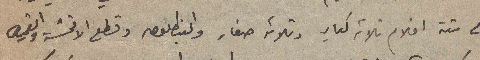
مع ستة افلام ثلاثه كبار وثلاثه صغار والبنطلون وقطع الاقمشة والقميص